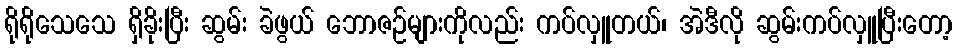
ရိုရိုသေသေ ရှိခိုးပြီး ဆွမ်း ခဲဖွယ် ဘောဇဉ်များကိုလည်း ကပ်လှူတယ်၊ အဲဒီလို ဆွမ်းကပ်လှူပြီးတော့